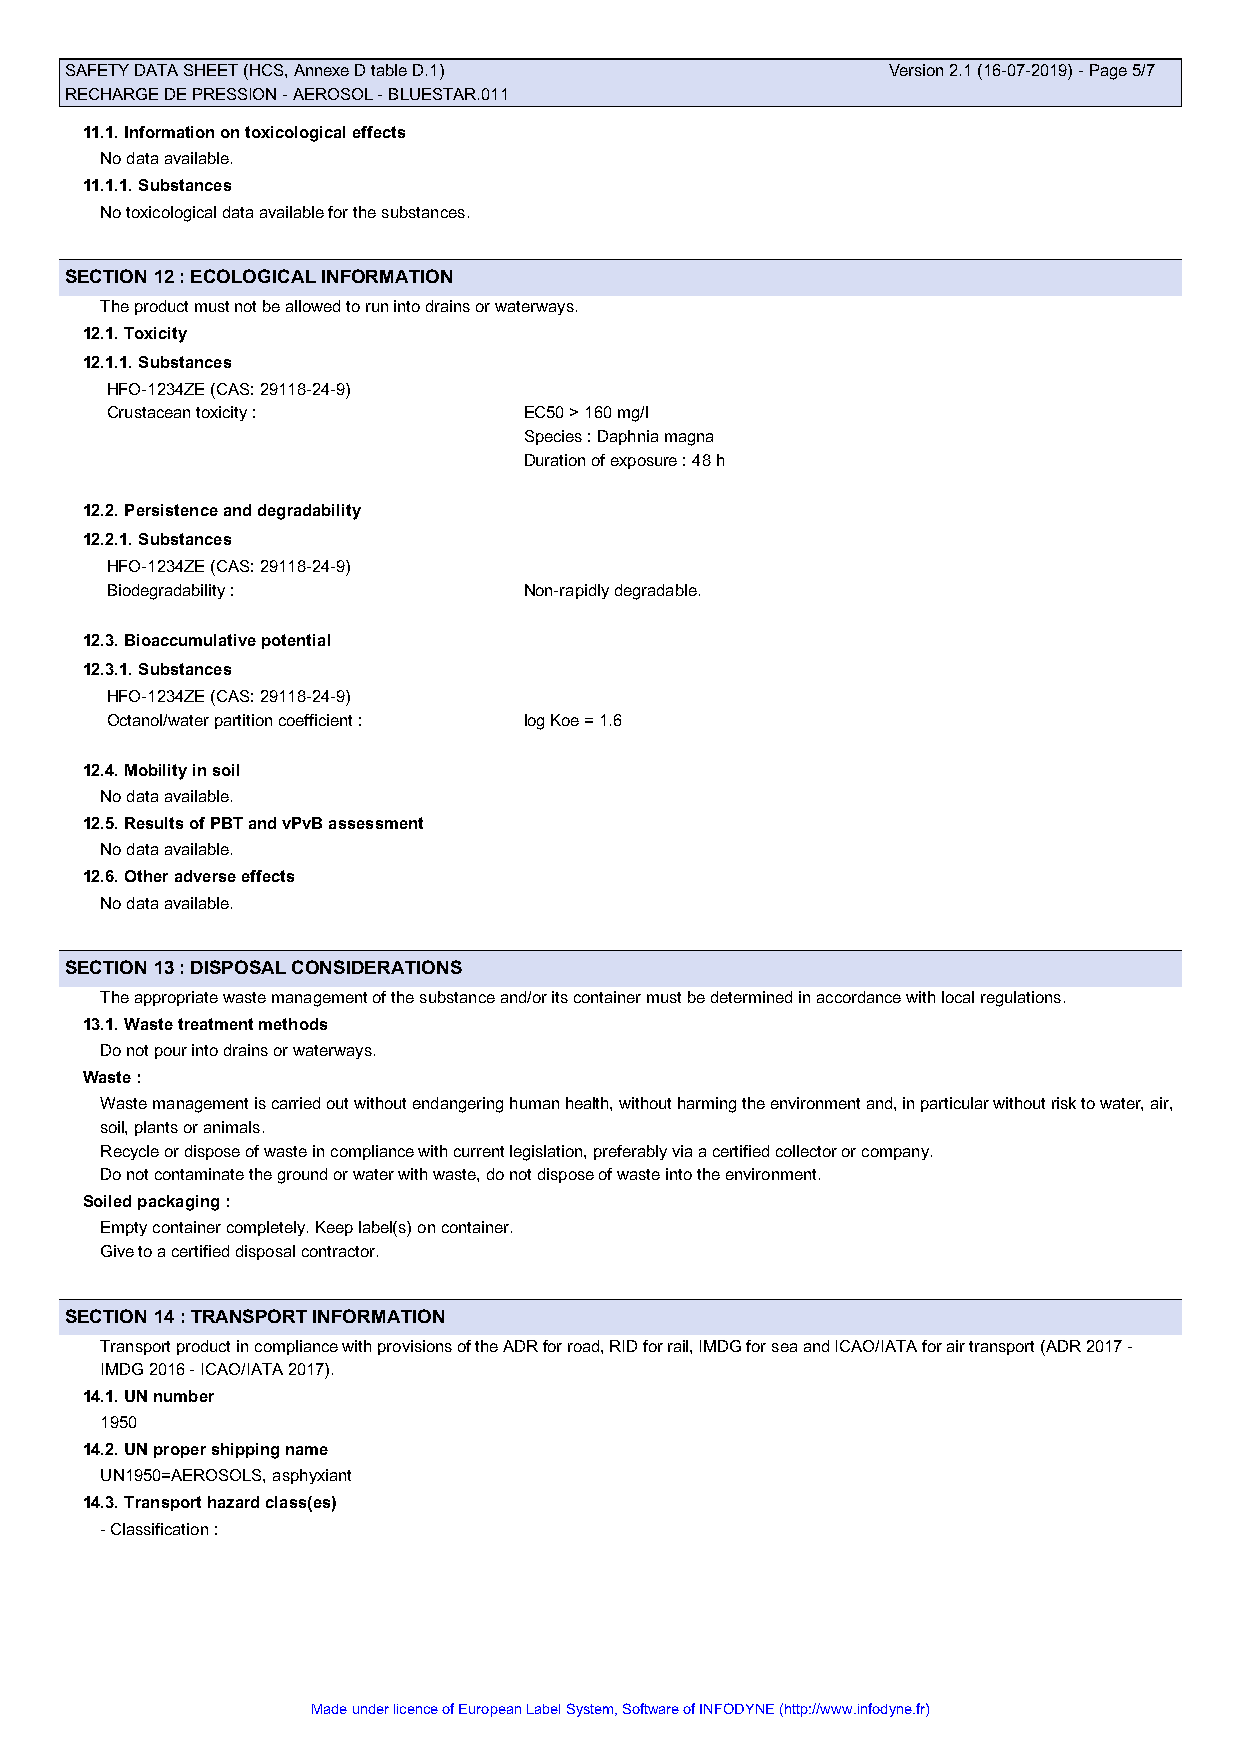
SAFETY DATA SHEET (HCS, Annexe D table D.1)            Version 2.1 (16-07-2019) - Page 5/7
 RECHARGE DE PRESSION - AEROSOL - BLUESTAR.011
 11.1. Information on toxicological effects
 No data available.
 11.1.1. Substances
 No toxicological data available for the substances.
 SECTION 12 : ECOLOGICAL INFORMATION
 The product must not be allowed to run into drains or waterways.
 12.1. Toxicity
 12.1.1. Substances
 HFO-1234ZE (CAS: 29118-24-9)
 Crustacean toxicity :       EC50 > 160 mg/l
 Species : Daphnia magna
 Duration of exposure : 48 h
 12.2. Persistence and degradability
 12.2.1. Substances
 HFO-1234ZE (CAS: 29118-24-9)
 Biodegradability :          Non-rapidly degradable.
 12.3. Bioaccumulative potential
 12.3.1. Substances
 HFO-1234ZE (CAS: 29118-24-9)
 Octanol/water partition coefficient : log Koe = 1.6
 12.4. Mobility in soil
 No data available.
 12.5. Results of PBT and vPvB assessment
 No data available.
 12.6. Other adverse effects
 No data available.
 SECTION 13 : DISPOSAL CONSIDERATIONS
 The appropriate waste management of the substance and/or its container must be determined in accordance with local regulations.
 13.1. Waste treatment methods
 Do not pour into drains or waterways.
 Waste :
 Waste management is carried out without endangering human health, without harming the environment and, in particular without risk to water, air,
 soil, plants or animals.
 Recycle or dispose of waste in compliance with current legislation, preferably via a certified collector or company.
 Do not contaminate the ground or water with waste, do not dispose of waste into the environment.
 Soiled packaging :
 Empty container completely. Keep label(s) on container.
 Give to a certified disposal contractor.
 SECTION 14 : TRANSPORT INFORMATION
 Transport product in compliance with provisions of the ADR for road, RID for rail, IMDG for sea and ICAO/IATA for air transport (ADR 2017 -
 IMDG 2016 - ICAO/IATA 2017).
 14.1. UN number
 1950
 14.2. UN proper shipping name
 UN1950=AEROSOLS, asphyxiant
 14.3. Transport hazard class(es)
 - Classification :
 Made under licence of European Label System, Software of INFODYNE (http://www.infodyne.fr)